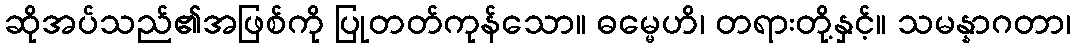
ဆိုအပ်သည်၏အဖြစ်ကို ပြုတတ်ကုန်သော။ ဓမ္မေဟိ၊ တရားတို့နှင့်။ သမန္နာဂတာ၊